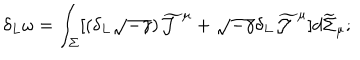
LaTeX: \delta _ { L } \omega = \int _ { \Sigma } [ ( \delta _ { L } \sqrt { - \gamma } ) \widetilde { \cal J } ^ { \mu } + \sqrt { - \gamma } \delta _ { L } \widetilde { \cal J } ^ { \mu } ] d \widetilde { \Sigma } _ { \mu } ;